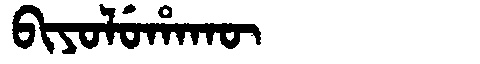
Manchu: ᠪᡳᠶᠣᠯᡠᡥᠠᡴᡡ
Romanization: BIYOLUHAKŪ